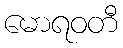
မောရဝတီ